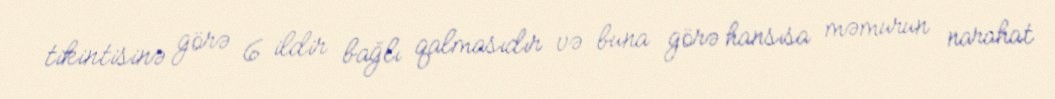
tikintisinə görə 6 ildir bağlı qalmasıdır və buna görə hansısa məmurun narahat